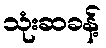
သုံးဆခန့်